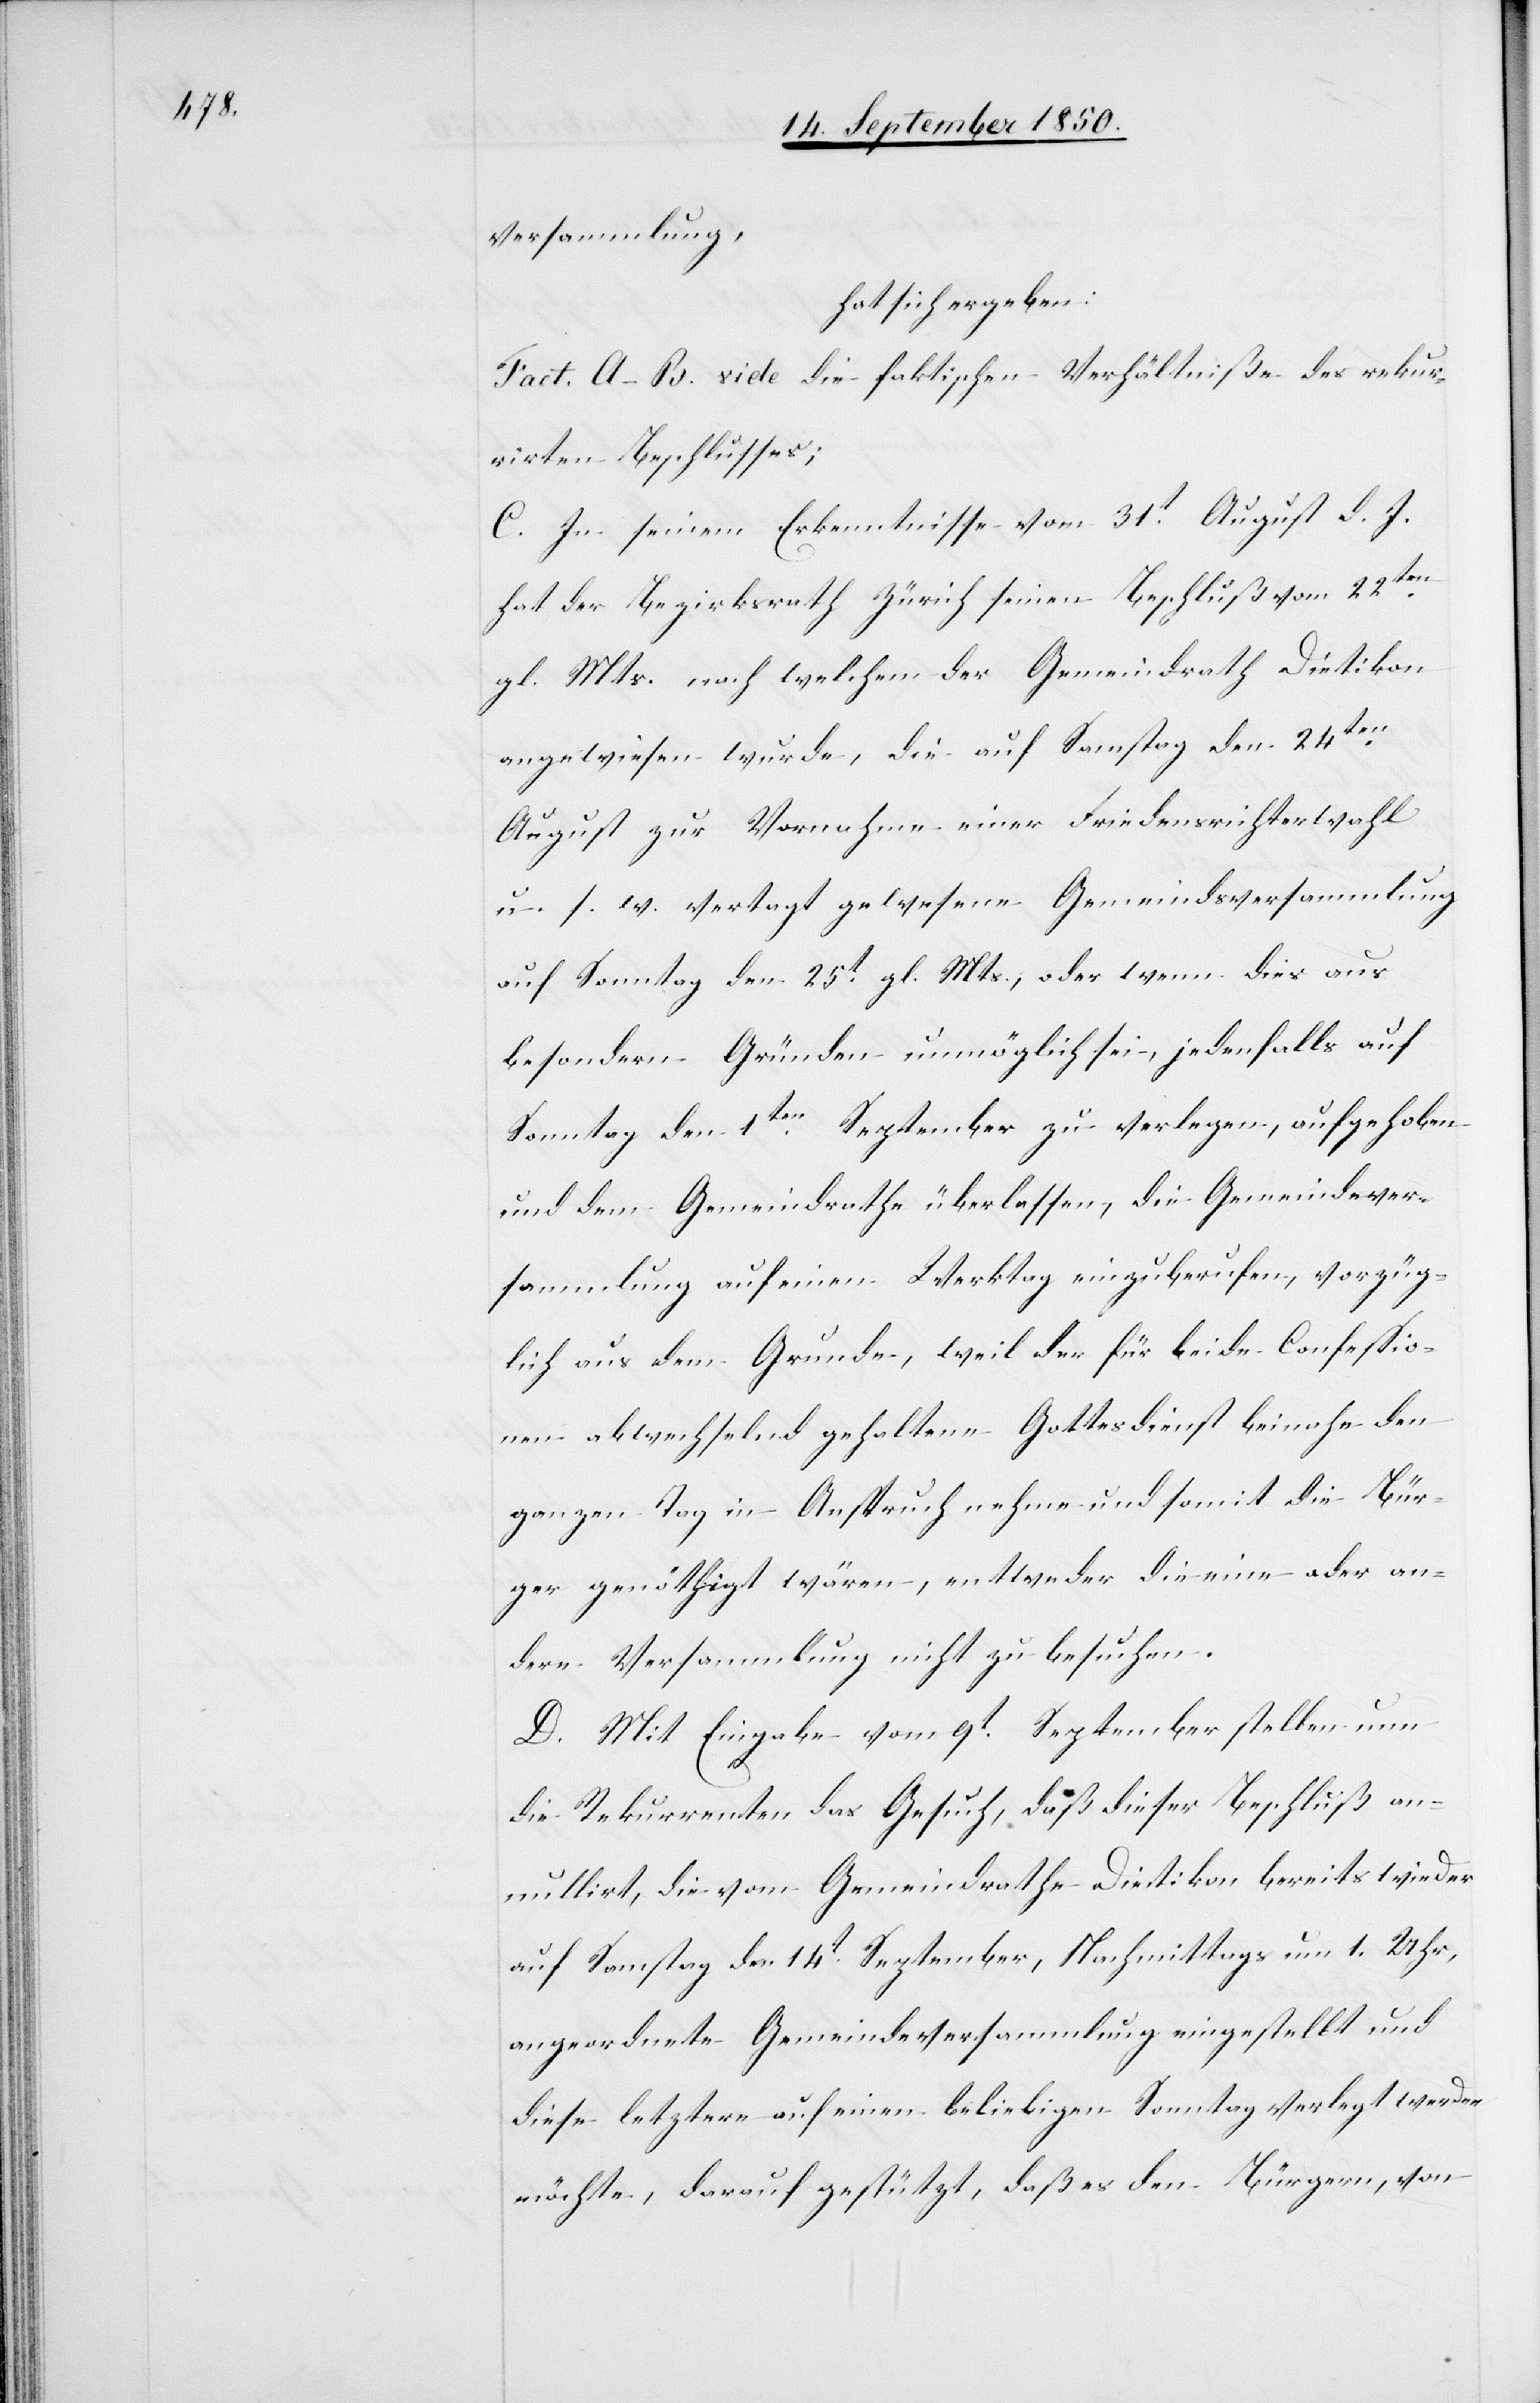
versammlung,
hat sich ergeben:
Fact. A–B. vide die faktischen Verhältniße des rekur¬
rirten Beschlusses;
C. In seinem Erkenntnisse vom 31t August d. J.
hat der Bezirksrath Zürich seinen Beschluß vom 22ten
gl. Mts. nach welchem der Gemeindrath Dietikon
angewiesen wurde, die auf Samstag den 24ten
August zur Vornahme einer Friedensrichterwahl
u. s. w. vertragt gewesene Gemeindsversammlung
auf Sonntag den 25t gl. Mts., oder wenn dies aus
besondern Gründen unmöglich sei, jedenfalls auf
Sonntag den 1ten September zu verlegen, aufgehoben
und dem Gemeindrathe überlassen, die Gemeindever¬
sammlung auf einen Werktag einzuberufen, vorzüg¬
lich aus dem Grunde, weil der für beide Confessio¬
nen abwechselnd gehaltene Gottesdienst beinahe den
ganzen Tag in Anspruch nehme und somit die Bür¬
ger genöthigt wären, entweder die eine oder an¬
dere Versammlung nicht zu besuchen.
D. Mit Eingabe vom 9t September stellen nun
die Rekurrenten das Gesuch, daß dieser Beschluß an¬
nullirt, die vom Gemeindrathe Dietikon bereits wieder
auf Samstag den 14t September, Nachmittags um 1. Uhr,
angeordnete Gemeindeversammlung eingestellt und
diese letztere auf einen beliebigen Sonntag verlegt werden
möchte, darauf gestützt, daß es den Bürgern, von